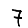
Digit: 7